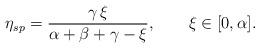
LaTeX: \begin{align*}\eta_{sp}=\frac{\gamma\,\xi}{\alpha+\beta+\gamma-\xi},\qquad\xi\in[0,\alpha].\end{align*}